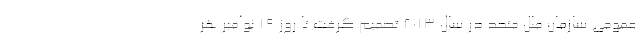
عمومی سازمان ملل متحد در سال ۲۰۱۳ تصمیم گرفت تا روز ۱۹ نوامبرِ هر